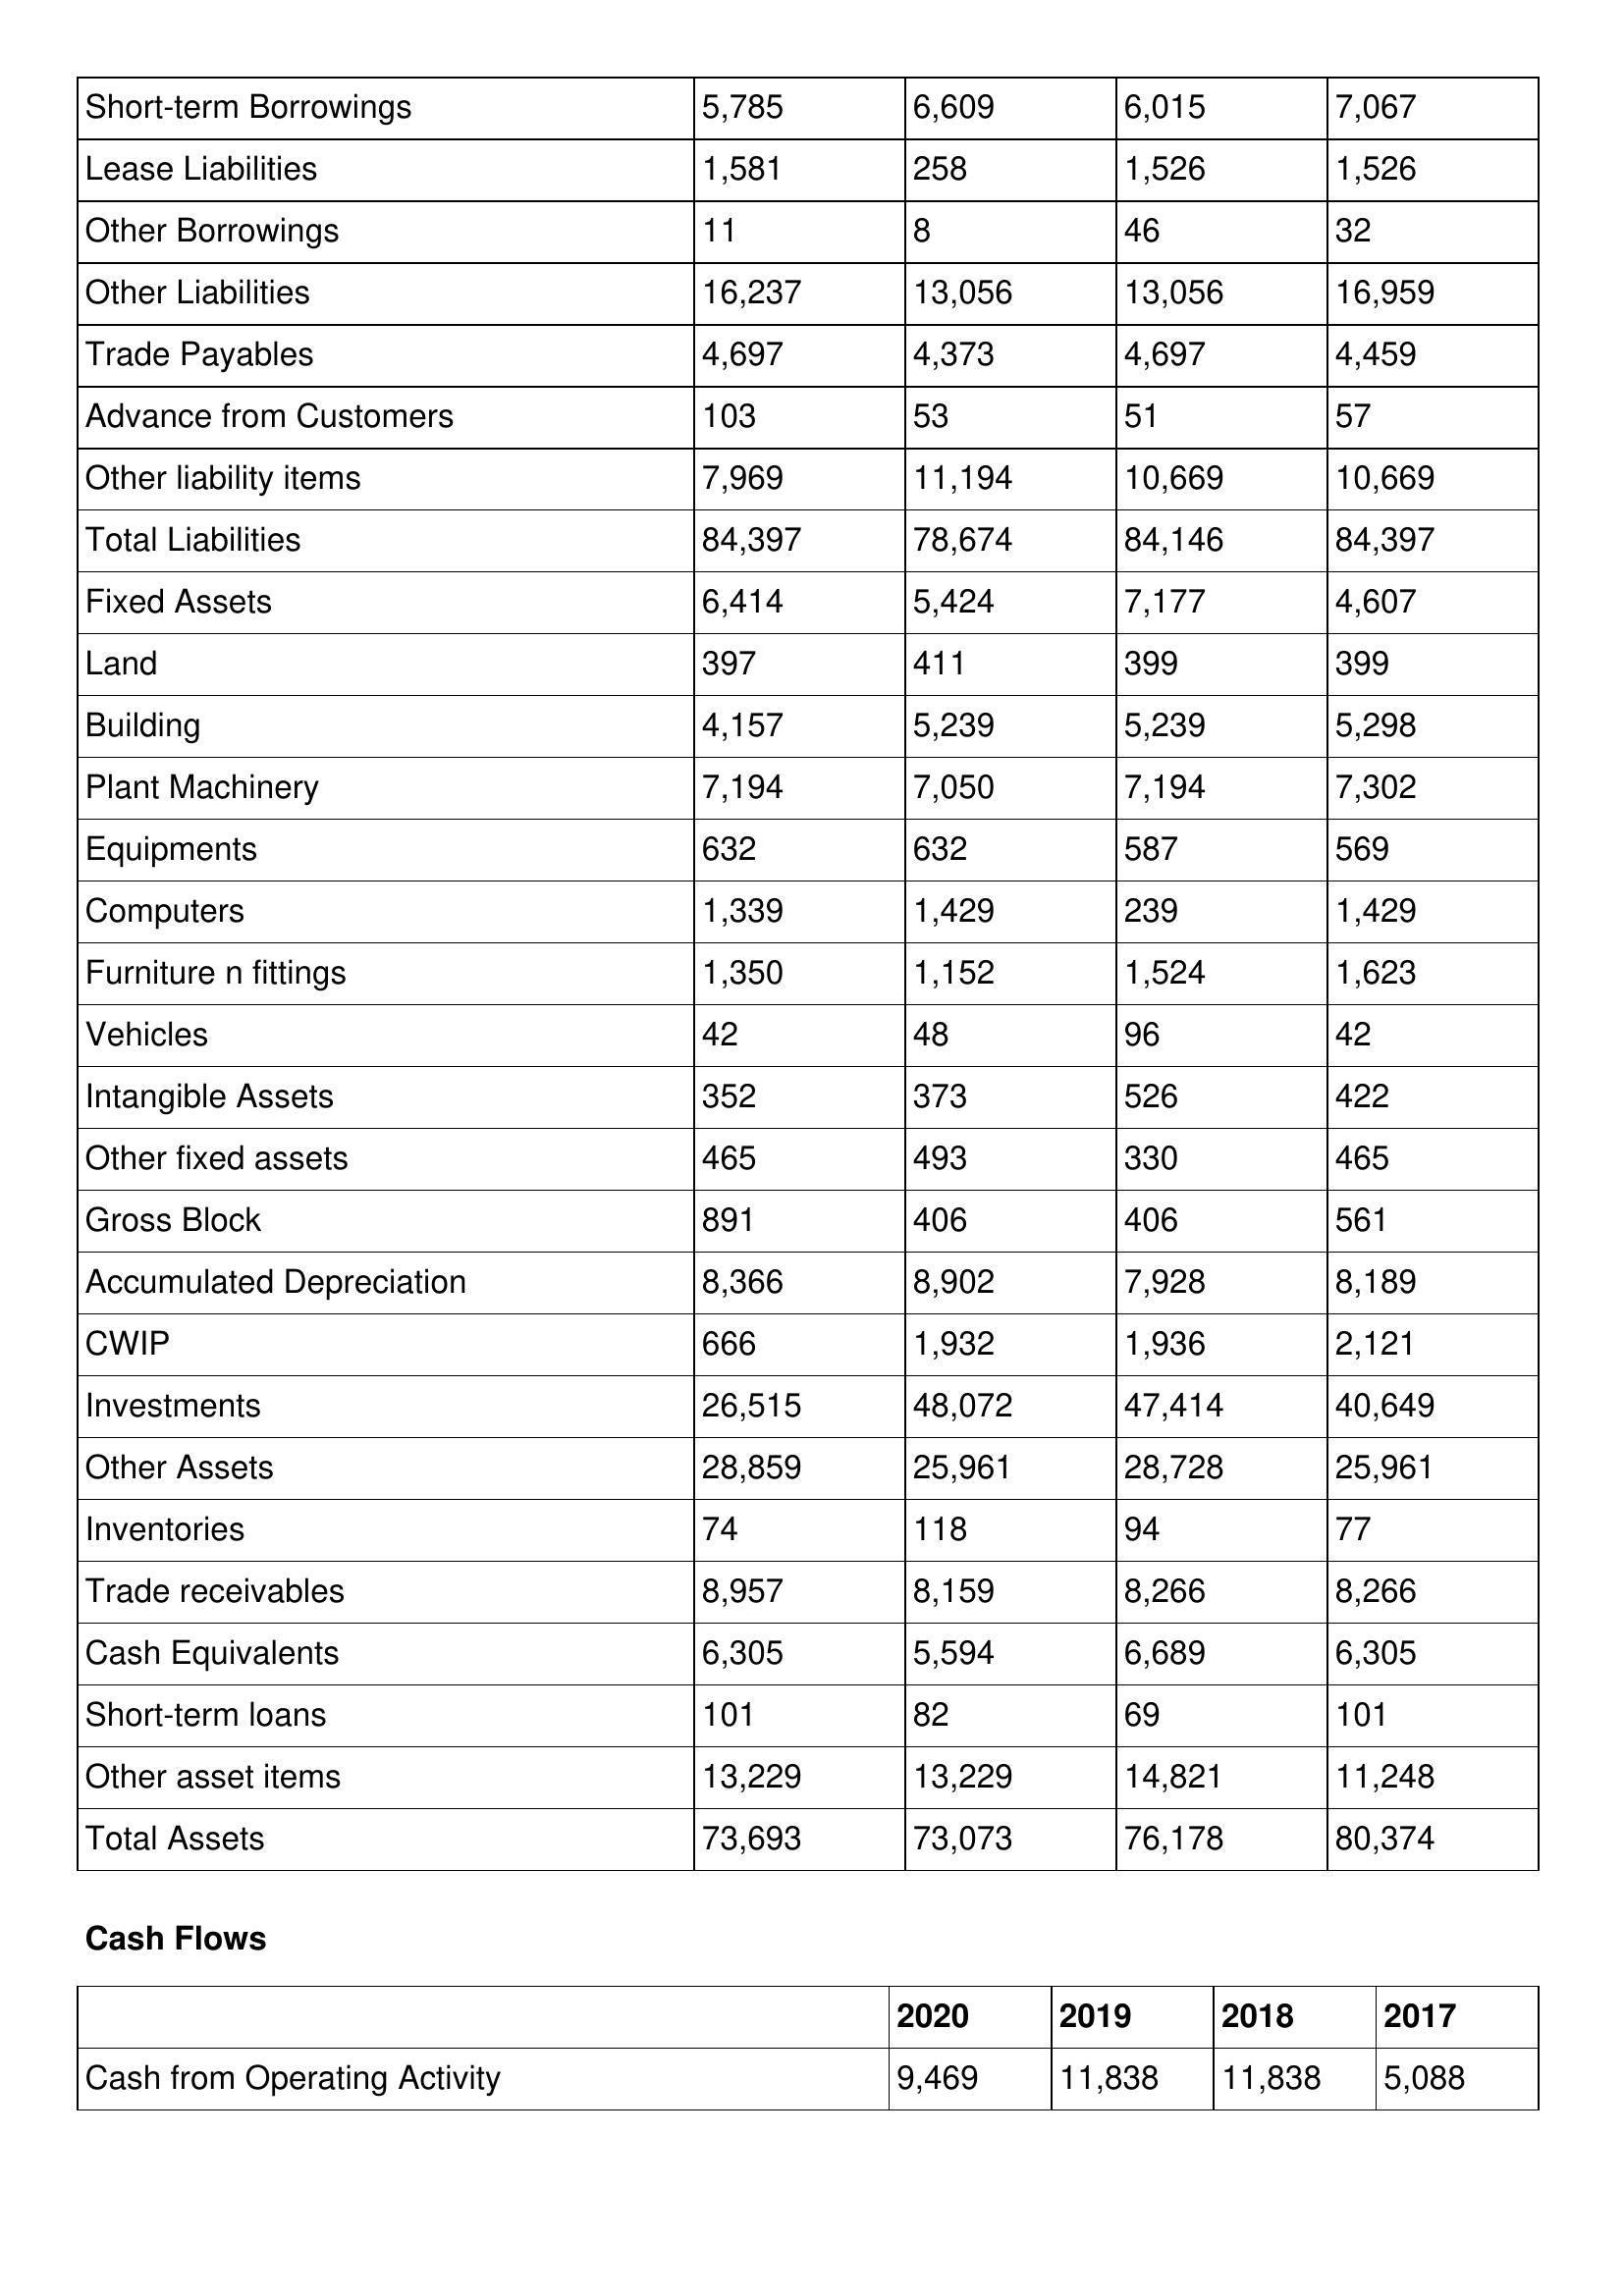
gt_parse: 2020: Balance Sheet: Short-term Borrowings: 5,785
Lease Liabilities: 1,581
Other Borrowings: 11
Other Liabilities: 16,237
Trade Payables: 4,697
Advance from Customers: 103
Other liability items: 7,969
Total Liabilities: 84,397
Fixed Assets: 6,414
Land: 397
Building: 4,157
Plant Machinery: 7,194
Equipments: 632
Computers: 1,339
Furniture n fittings: 1,350
Vehicles: 42
Intangible Assets: 352
Other fixed assets: 465
Gross Block: 891
Accumulated Depreciation: 8,366
CWIP: 666
Investments: 26,515
Other Assets: 28,859
Inventories: 74
Trade receivables: 8,957
Cash Equivalents: 6,305
Short-term loans: 101
Other asset items: 13,229
Total Assets: 73,693
Cash Flows: Cash from Operating Activity: 9,469
2019: Balance Sheet: Short-term Borrowings: 6,609
Lease Liabilities: 258
Other Borrowings: 8
Other Liabilities: 13,056
Trade Payables: 4,373
Advance from Customers: 53
Other liability items: 11,194
Total Liabilities: 78,674
Fixed Assets: 5,424
Land: 411
Building: 5,239
Plant Machinery: 7,050
Equipments: 632
Computers: 1,429
Furniture n fittings: 1,152
Vehicles: 48
Intangible Assets: 373
Other fixed assets: 493
Gross Block: 406
Accumulated Depreciation: 8,902
CWIP: 1,932
Investments: 48,072
Other Assets: 25,961
Inventories: 118
Trade receivables: 8,159
Cash Equivalents: 5,594
Short-term loans: 82
Other asset items: 13,229
Total Assets: 73,073
Cash Flows: Cash from Operating Activity: 11,838
2018: Balance Sheet: Short-term Borrowings: 6,015
Lease Liabilities: 1,526
Other Borrowings: 46
Other Liabilities: 13,056
Trade Payables: 4,697
Advance from Customers: 51
Other liability items: 10,669
Total Liabilities: 84,146
Fixed Assets: 7,177
Land: 399
Building: 5,239
Plant Machinery: 7,194
Equipments: 587
Computers: 239
Furniture n fittings: 1,524
Vehicles: 96
Intangible Assets: 526
Other fixed assets: 330
Gross Block: 406
Accumulated Depreciation: 7,928
CWIP: 1,936
Investments: 47,414
Other Assets: 28,728
Inventories: 94
Trade receivables: 8,266
Cash Equivalents: 6,689
Short-term loans: 69
Other asset items: 14,821
Total Assets: 76,178
Cash Flows: Cash from Operating Activity: 11,838
2017: Balance Sheet: Short-term Borrowings: 7,067
Lease Liabilities: 1,526
Other Borrowings: 32
Other Liabilities: 16,959
Trade Payables: 4,459
Advance from Customers: 57
Other liability items: 10,669
Total Liabilities: 84,397
Fixed Assets: 4,607
Land: 399
Building: 5,298
Plant Machinery: 7,302
Equipments: 569
Computers: 1,429
Furniture n fittings: 1,623
Vehicles: 42
Intangible Assets: 422
Other fixed assets: 465
Gross Block: 561
Accumulated Depreciation: 8,189
CWIP: 2,121
Investments: 40,649
Other Assets: 25,961
Inventories: 77
Trade receivables: 8,266
Cash Equivalents: 6,305
Short-term loans: 101
Other asset items: 11,248
Total Assets: 80,374
Cash Flows: Cash from Operating Activity: 5,088